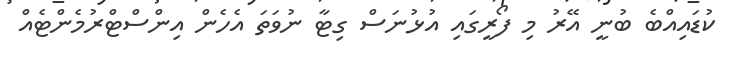
ކުޑައިއްބެ ބުނީ އޭރު މި ފޯރީގައި އުޅުނަސް ގިޓާ ނުވަތަ އެހެން އިންސްޓްރުމެންޓެއް